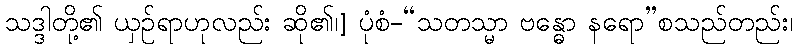
သဒ္ဒါတို့၏ ယှဉ်ရာဟုလည်း ဆို၏၊] ပုံစံ-“သတသ္မာ ဗန္ဓော နရော”စသည်တည်း၊